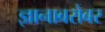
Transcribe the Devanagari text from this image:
ज्ञानाबरोबर